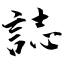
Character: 誌